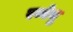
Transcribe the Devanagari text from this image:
रब्बेनु